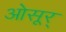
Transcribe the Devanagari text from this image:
ओसूर्